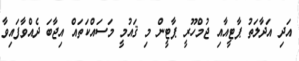
އަދި އަދާލަތު ޕާޓީއާއި ޖުމްހޫރީ ޕާޓީން މި ޤައުމީ މަސައްކަތައް އިޖާބަ ދެއްވާފައިވާ